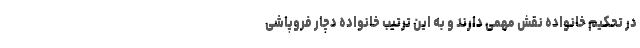
در تحکیم خانواده نقش مهمی دارند و به این ترتیب خانواده دچار فروپاشی